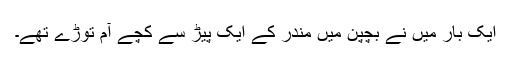
ایک بار میں نے بچپن میں مندر کے ایک پیڑ سے کچے آم توڑے تھے۔